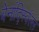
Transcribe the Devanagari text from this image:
बेर्नार्द्स्विल्ल